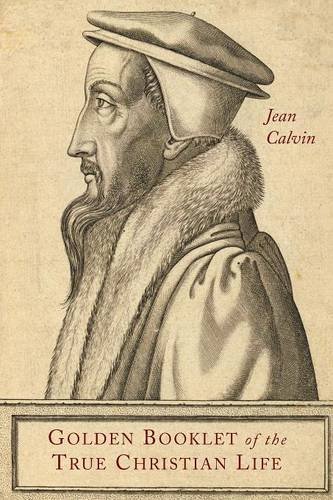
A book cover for Golden Booklet of the True Christian Life; Jean Calvin; Christian Books & Bibles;